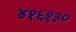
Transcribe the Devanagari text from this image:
४१६१३०